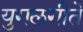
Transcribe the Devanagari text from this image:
युगलगीते